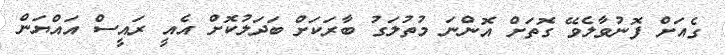
ގެއަށް ފޮނުވާލެވޭ ގޮތަށް އޮންނަ މުތުލަގު ބާރަކަށް ބަދަލުކޮށް އެއީ ރައީސް އައްޔަން